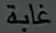
غابة